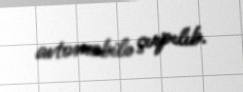
avtomobilə çırpılıb.